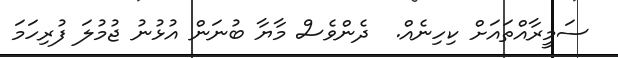
ސަމީރާއްތައަށް ކިހިނެއް.  ދެންވެސް މާޔާ ބުނަން އުޅުނު ޖުމުލަ ފުރިހަމަ